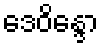
ဒေဝိန္ဒော